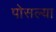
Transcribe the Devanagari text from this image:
पोसल्या